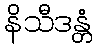
နိသီဒန္တံ